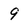
Character: 9